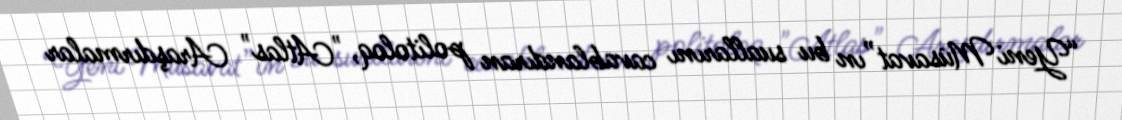
“Yeni Müsavat”ın bu suallarını cavablandıran politoloq, "Atlas" Araşdırmalar